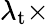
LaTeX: \lambda_{\mathrm{t}}\times